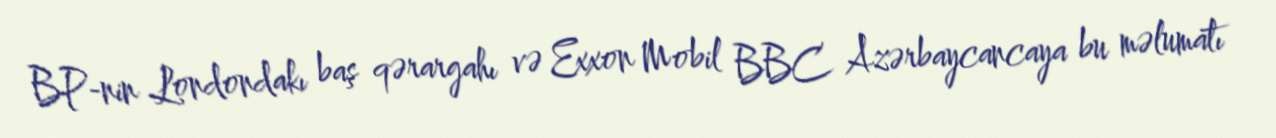
BP-nin Londondakı baş qərargahı və Exxon Mobil BBC Azərbaycancaya bu məlumatı